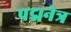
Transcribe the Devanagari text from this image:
पद्मनेत्र